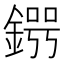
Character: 𨪒